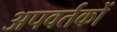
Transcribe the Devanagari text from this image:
अपवर्तकों